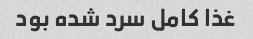
غذا کامل سرد شده بود